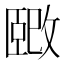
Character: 𫿉